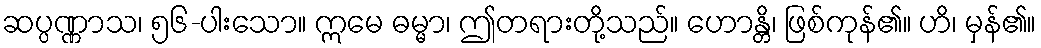
ဆပ္ပဏ္ဏာသ၊ ၅၆-ပါးသော။ ဣမေ ဓမ္မာ၊ ဤတရားတို့သည်။ ဟောန္တိ၊ ဖြစ်ကုန်၏။ ဟိ၊ မှန်၏။